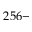
2 5 6 -